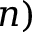
n )